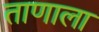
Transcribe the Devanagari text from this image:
ताणाला